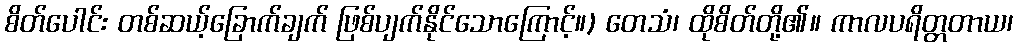
စိတ်ပေါင်း တစ်ဆယ့်ခြောက်ချက် ဖြစ်ပျက်နိုင်သောကြောင့်။) တေသံ၊ ထိုစိတ်တို့၏။ ကာလပရိတ္တတာယ၊